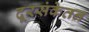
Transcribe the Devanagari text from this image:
दूरसंकेतन